system: You are a helpful assistant.
user:
Analyze the provided spectrum to determine if it is a **S-type Star**.

- **Key Indicators for S-type Star:**

    - **(Overall Spectrum Shape):** The first and most obvious characteristic is the overall continuum (the "baseline" shape). It is **extremely "red-sloping,"** meaning the flux (light intensity) is very low on the left side (blue, ~4000-4500 Å) and rises steeply and continuously toward the right side (red, ~7000 Å+).

    - **(Primary):** The spectrum is defined by the presence of strong, broad molecular absorption "valleys" (bands) from **Zirconium Oxide (ZrO)**. The identification of these bands is the **primary requirement** for classifying a star as S-type.
        - **(Key Bandheads):** You must find distinct, deep "dips" where the light has been absorbed. The most critical band systems to locate are:
            - **~6474 Å** ($\gamma$-system): This is often the strongest and clearest ZrO feature, found in the red part of the spectrum.
            - **~5718 Å** & **~5551 Å** ($\beta$-system): A pair of prominent absorption features in the yellow-orange part of the spectrum.
            - **~4640 Å** ($\alpha$-system): A key absorption band system in the blue-green region of the spectrum.

    - **(Secondary Confirmation):** The classification is strengthened by finding additional absorption bands from other related heavy element oxides, which are expected to be present alongside ZrO.
        - **(Key Bandheads):**
            - **Yttrium Oxide (YO):** Look for absorption dips near **~4800 Å** and **~6100 Å**.
            - **Lanthanum Oxide (LaO):** Additional absorption features, particularly in the red-orange part of the spectrum, are also characteristic.

    - **(Line Profile):** The combination of the steep red continuum and these numerous, deep molecular bands (ZrO, YO, etc.) gives the entire spectrum a very **"chopped-up"** or **"bumpy"** appearance. Instead of a smooth curve, the spectrum looks as though large, wide chunks of light have been "carved out" of it at the specific wavelengths listed above.

Think first, call **spectral_visualization_tool** if needed to examine features in detail, then provide your final answer. Your response must adhere to the following strict rules:
1.  **Overall Structure:** Your response must follow the format `<think>...</think> <tool_call>...</tool_call> (if a tool is used) <answer>...</answer>`.
2.  **Tool Usage Constraint:** You may only make **one** tool call per turn.
3.  **Final Answer Format:** In the `<answer>` tag, your conclusion must be inside a `\boxed{}` command (e.g., `\boxed{YES}` or `\boxed{NO}`), followed by your justification.

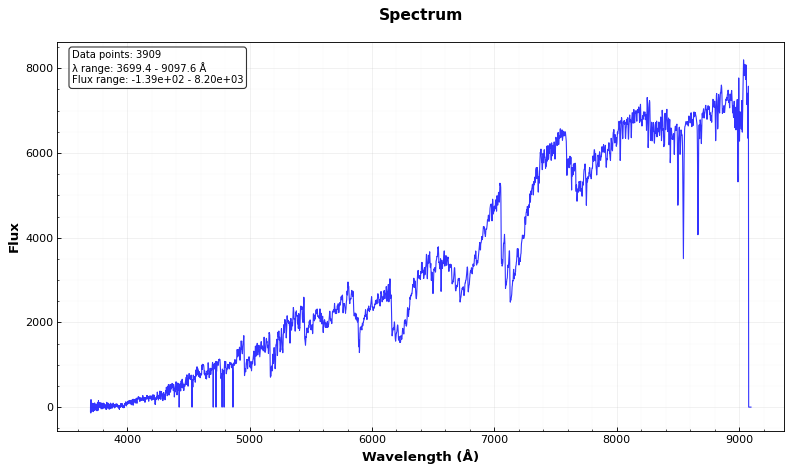
Answer: YES